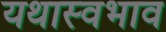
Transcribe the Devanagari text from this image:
यथास्वभाव